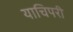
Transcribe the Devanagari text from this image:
याचिपरी